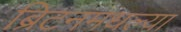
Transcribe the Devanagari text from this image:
ब्रिटनमधल्या